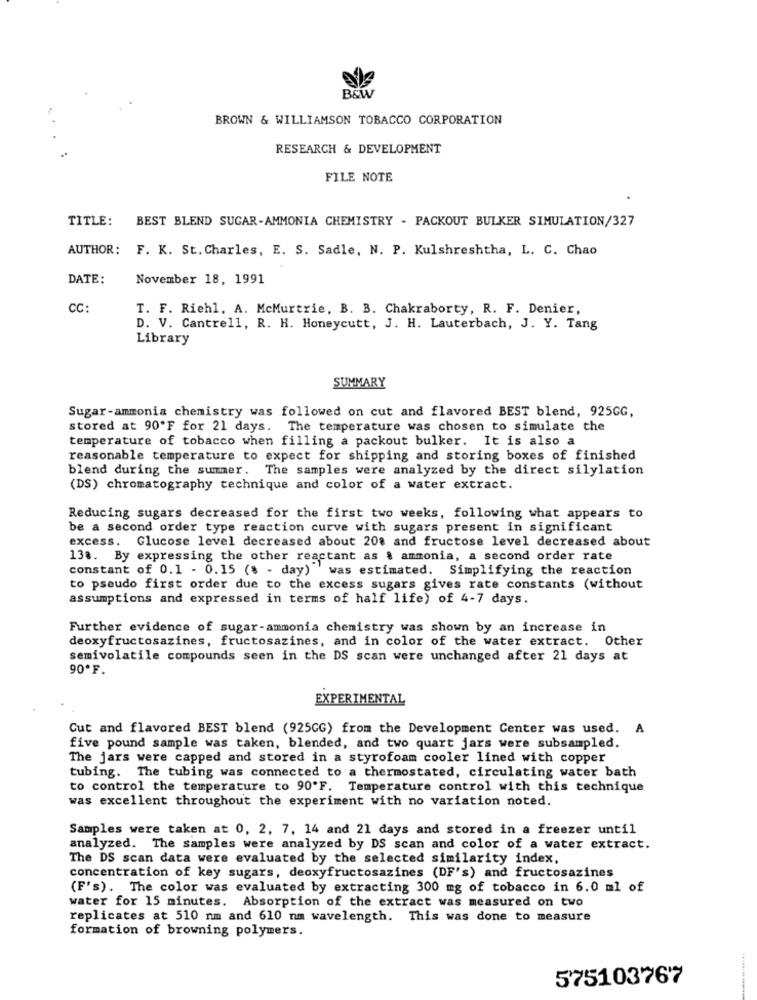
Bew
BROWN & WILLIAMSON TOBACCO CORPORATION
RESEARCH & DEVELOPMENT
FILE NOTE
TITLE:
BEST BLEND SUGAR-AMMONIA CHEMISTRY - PACKOUT BULKER SIMULATION/327
AUTHOR: F. K. St. Charles, E. S. Sadle, N. P. Kulshreshtha, L. C. Chao
DATE:
November 18, 1991
CC:
T. F. Riehl. A. McMurtrie, B. B. Chakraborty, R. F. Denier,
D. V. Cantrell, R. H. Honeycutt, J. H. Lauterbach, J. Y. Tang
Library
SUMMARY
Sugar-ammonia chemistry was followed on cut and flavored BEST blend, 925GG,
stored at 90'F for 21 days. The temperature was chosen to simulate the
temperature of tobacco when filling a packout bulker. It is also a
reasonable temperature to expect for shipping and storing boxes of finished
blend during the summer. The samples were analyzed by the direct silylation
(DS) chromatography technique and color of a water extract.
Reducing sugars decreased for the first two weeks, following what appears to
be a second order type reaction curve with sugars present in significant
excess. Glucose level decreased about 208 and fructose level decreased about
138. By expressing the other reactant as & ammonia, a second order rate
constant of 0.1 - 0.15 ($ - day) was estimated. Simplifying the reaction
to pseudo first order due to the excess sugars gives rate constants (without
assumptions and expressed in terms of half life) of 4-7 days.
Further evidence of sugar-ammonia chemistry was shown by an increase in
deoxyfructosazines, fructosazines, and in color of the water extract. Other
semivolatile compounds seen in the DS scan were unchanged after 21 days at
90ºF.
EXPERIMENTAL
Cut and flavored BEST blend (925GG) from the Development Center was used. A
five pound sample was taken, blended, and two quart jars were subsampled.
The jars were capped and stored in a styrofoam cooler lined with copper
tubing. The tubing was connected to a thermostated, circulating water bath
to control the temperature to 90'F. Temperature control with this technique
was excellent throughout the experiment with no variation noted.
Samples were taken at 0, 2, 7, 14 and 21 days and stored in a freezer until
analyzed. The samples were analyzed by DS scan and color of a water extract.
The DS scan data were evaluated by the selected similarity index.
concentration of key sugars, deoxyfructosazines (DF's) and fructosazines
(F's). The color was evaluated by extracting 300 mg of tobacco in 6.0 ml of
water for 15 minutes. Absorption of the extract was measured on two
replicates at 510 nm and 610 nm wavelength. This was done to measure
formation of browning polymers.
......
575103767